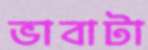
ভাবাটা